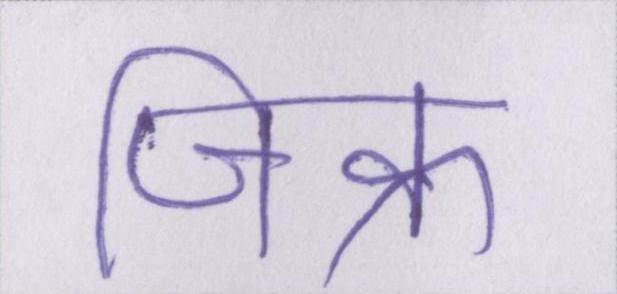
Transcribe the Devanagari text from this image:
जिक्र